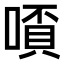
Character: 𫫗